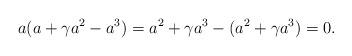
LaTeX: \begin{align*}a(a+\gamma a^2-a^3) = a^2+\gamma a^3 - (a^2 + \gamma a^3) = 0.\end{align*}